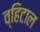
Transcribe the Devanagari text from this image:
व्हिटाल